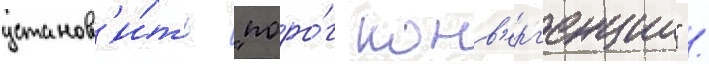
установ'и́ть "поро́г конв'ерг'енции" /